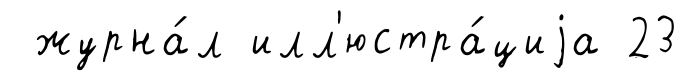
журна́л илл'юстра́циjа 23